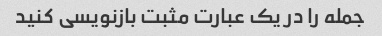
جمله را در یک عبارت مثبت بازنویسی کنید